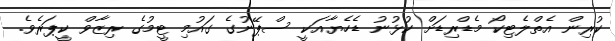
ކުރިން އެތްލެޓިކޯ މެޑްރިޑަށް ކުޅުނު ޑެހެޔާއަކީ ސްޕޭނުގެ ގައުމި ޓީމުގެ ރިޒާވް ކީޕަރެވެ.